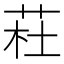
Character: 荰